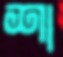
শা